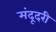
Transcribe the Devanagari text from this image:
मंदूदरी